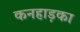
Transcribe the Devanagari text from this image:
कनहाड़का